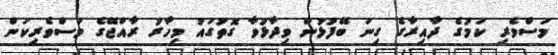
މަސްވެރި ކަމުގެ ދާއިރާގެ ގިނަ ބޭފުޅުން ވިދާޅުވާ ގޮތުގައު މިހާރު ރާއްޖޭގެ މަސްވެރިކަން